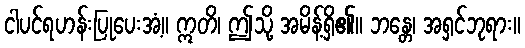
ငါပင်ရဟန်းပြုပေးအံ့။ ဣတိ၊ ဤသို့ အမိန့်ရှိ၏။ ဘန္တေ၊ အရှင်ဘုရား။